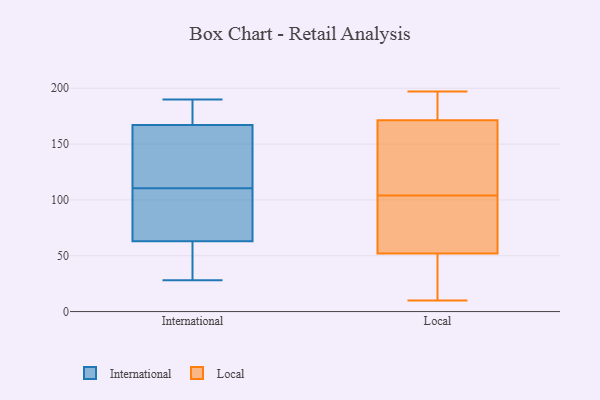
{"axis": {"x": "Headcount", "y": "Value"}, "legend": ["International", "Local"], "data": [{"x": "", "y": 63, "type": "International"}, {"x": "", "y": 125, "type": "International"}, {"x": "", "y": 28, "type": "International"}, {"x": "", "y": 190, "type": "International"}, {"x": "", "y": 28, "type": "International"}, {"x": "", "y": 96, "type": "International"}, {"x": "", "y": 188, "type": "International"}, {"x": "", "y": 167, "type": "International"}, {"x": "", "y": 78, "type": "International"}, {"x": "", "y": 128, "type": "International"}, {"x": "", "y": 101, "type": "Local"}, {"x": "", "y": 163, "type": "Local"}, {"x": "", "y": 50, "type": "Local"}, {"x": "", "y": 30, "type": "Local"}, {"x": "", "y": 156, "type": "Local"}, {"x": "", "y": 183, "type": "Local"}, {"x": "", "y": 88, "type": "Local"}, {"x": "", "y": 52, "type": "Local"}, {"x": "", "y": 22, "type": "Local"}, {"x": "", "y": 104, "type": "Local"}, {"x": "", "y": 174, "type": "Local"}, {"x": "", "y": 183, "type": "Local"}, {"x": "", "y": 99, "type": "Local"}, {"x": "", "y": 52, "type": "Local"}, {"x": "", "y": 144, "type": "Local"}, {"x": "", "y": 10, "type": "Local"}, {"x": "", "y": 185, "type": "Local"}, {"x": "", "y": 118, "type": "Local"}, {"x": "", "y": 197, "type": "Local"}]}